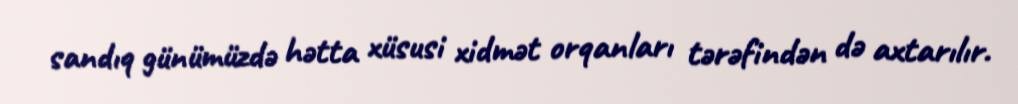
sandıq günümüzdə hətta xüsusi xidmət orqanları tərəfindən də axtarılır.